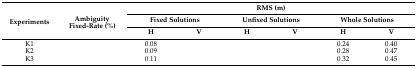
<table><thead><tr><td rowspan="3"><b>Experiments</b></td><td rowspan="3"><b>Ambiguity Fixed-Rate (%)</b></td><td colspan="6"><b>RMS (m)</b></td></tr><tr><td colspan="2"><b>Fixed Solutions</b></td><td colspan="2"><b>Unfixed Solutions</b></td><td colspan="2"><b>Whole Solutions</b></td></tr><tr><td><b>H</b></td><td><b>V</b></td><td><b>H</b></td><td><b>V</b></td><td><b>H</b></td><td><b>V</b></td></tr></thead><tbody><tr><td>K1</td><td>[EMPTY_CELL]</td><td>0.08</td><td>[EMPTY_CELL]</td><td>[EMPTY_CELL]</td><td>[EMPTY_CELL]</td><td>0.24</td><td>0.40</td></tr><tr><td>K2</td><td>[EMPTY_CELL]</td><td>0.09</td><td>[EMPTY_CELL]</td><td>[EMPTY_CELL]</td><td>[EMPTY_CELL]</td><td>0.28</td><td>0.47</td></tr><tr><td>K3</td><td>[EMPTY_CELL]</td><td>0.11</td><td>[EMPTY_CELL]</td><td>[EMPTY_CELL]</td><td>[EMPTY_CELL]</td><td>0.32</td><td>0.45</td></tr></tbody></table>